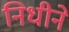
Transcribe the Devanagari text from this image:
निधीने